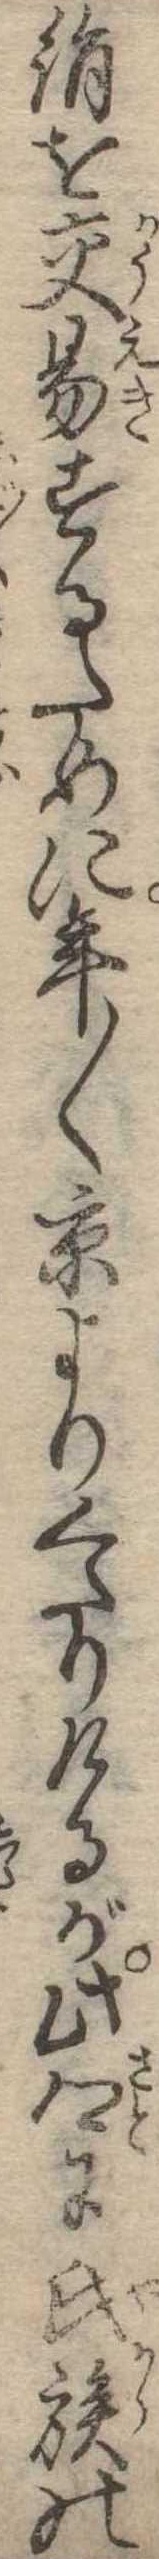
絹を交易するために年〱京よりくだりけるが此郷に氏族の